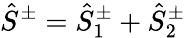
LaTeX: \hat{S}^{\pm}=\hat{S}_{1}^{\pm}+\hat{S}_{2}^{\pm}